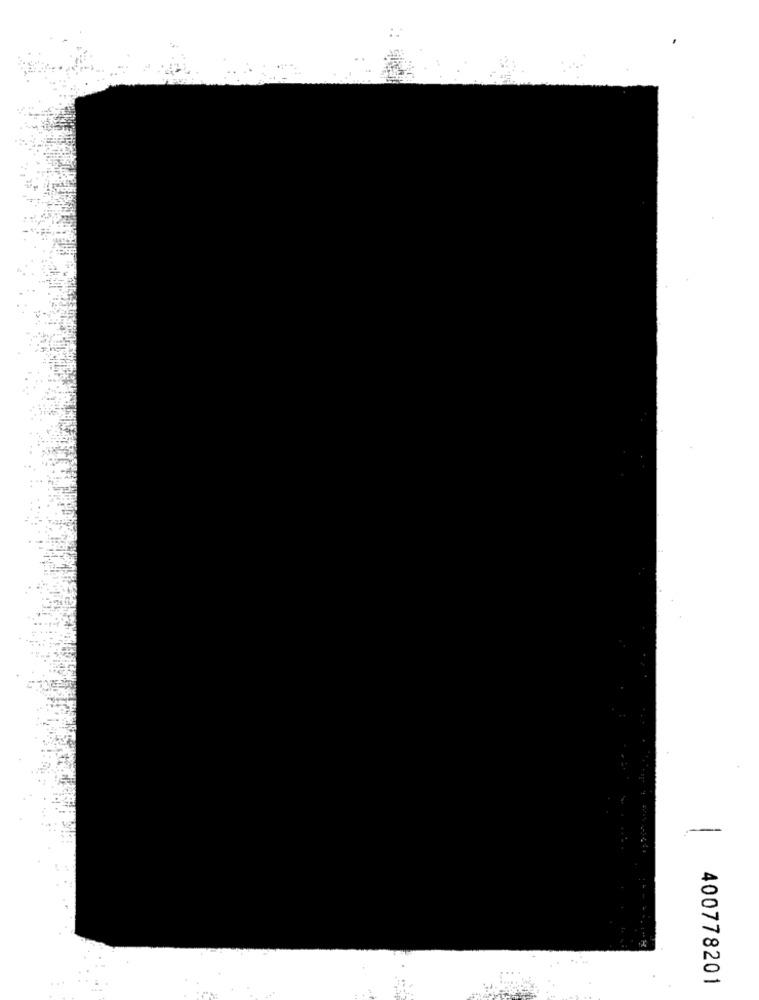
400778201